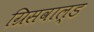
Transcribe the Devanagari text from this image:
ग्रिसवाल्ड